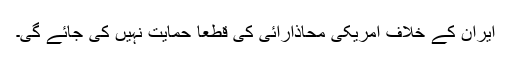
ایران کے خلاف امریکی محاذآرائی کی قطعاََ حمایت نہیں کی جائے گی۔